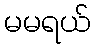
မမရယ်